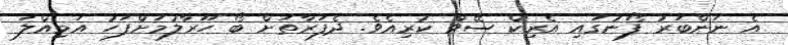
އެ ނަންބަރު ފޯނުގައި އެރިކް ސޭވް ކުރިއެވެ. ދެފަރާތަށް ބޯ ހޫރާލުމަށްފަހު އަމިއްލަ